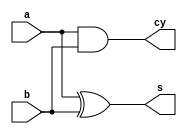
`timescale 1ns / 1ps
module ha(input a,b,output s,cy);
xor xor_1(s,a,b);
and and_1(cy,a,b);
endmodule
module fa(input a,b,c,output s,cy);
wire [2:0] w;
ha u1(a,b,w[0],w[1]);
ha u2(c,w[0],s,w[2]);
or or_1(cy,w[1],w[2]);
endmodule
module and_1(input a,b,output y);
and and_1(y,a,b);
endmodule
module waltree(input [3:0] a,b,output [7:0] y);
 wire [14:0] w;
 wire [5:0] s;
 wire [10:0] c;
 //stage 1
 and_1 u1(a[1],b[2],w[0]);
 and_1 u2(a[0],b[3],w[1]);
 ha  u3(w[0],w[1],s[0],c[0]);
   
 and_1 u4(a[2],b[2],w[2]);
 and_1 u5(a[1],b[3],w[3]);
 ha u6 (w[2],w[3],s[1],c[1]);
 
 //stage 2
 and_1 u7(a[1],b[1],w[4]);
 and_1 u8(a[0],b[2],w[5]);
 ha u9(w[4],w[5],s[2],c[2]);
 
 
 and_1 u10(a[3],b[0],w[6]);
 and_1 u11(a[2],b[1],w[7]);
 fa u12(s[0],w[6],w[7],s[3],c[3]);
 and_1 u13(a[3],b[1],w[8]);
 
 fa u14(s[1],c[0],w[8],s[4],c[4]);
 and_1 u15(a[3],b[2],w[9]);
 and_1 u16(a[2],b[3],w[10]);
 fa u17(c[1],w[9],w[10],s[5],c[5]);
 
 //stage 3
 
 and_1 u18(a[1],b[0],w[11]);
 and_1 u19(a[0],b[1],w[12]);
 ha u20(w[11],w[12],y[1],c[6]);
 and_1 u21(a[2],b[0],w[13]);
 fa u22(w[13],c[6],s[2],y[2],c[7]);
 fa u23(c[7],c[2],s[3],y[3],c[8]);
 fa u24(c[8],c[3],s[4],y[4],c[9]);
 fa u25(c[9],c[4],s[5],y[5],c[10]);
 and_1 u26(a[3],b[3],w[14]);
 fa u27(c[10],c[5],w[14],y[6],y[7]);
 and_1 u28(a[0],b[0],y[0]);
endmodule